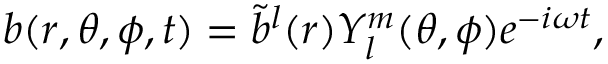
b ( r , \theta , \phi , t ) = \tilde { b } ^ { l } ( r ) Y _ { l } ^ { m } ( \theta , \phi ) e ^ { - i \omega t } ,